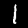
Label: 1